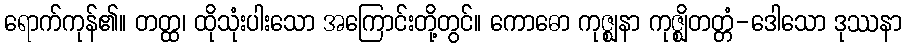
ရောက်ကုန်၏။ တတ္ထ၊ ထိုသုံးပါးသော အကြောင်းတို့တွင်။ ကောဓော ကုဇ္ဈနာ ကုဇ္ဈိတတ္တံ-ဒေါသော ဒုဿနာ